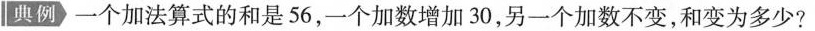
典例 一个加法算式的和是56，一个加数增加30，另一个加数不变，和变为多少?